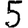
Digit: 5